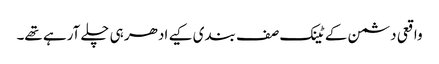
واقعی دشمن کے ٹینک صف بندی کیے ادھر ہی چلے آرہے تھے۔